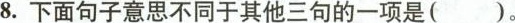
8.下面句子意思不同于其他三句的一项是()。